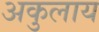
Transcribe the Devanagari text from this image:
अकुलाय